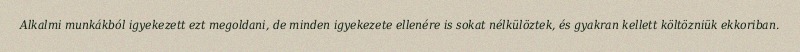
Alkalmi munkákból igyekezett ezt megoldani, de minden igyekezete ellenére is sokat nélkülöztek, és gyakran kellett költözniük ekkoriban.